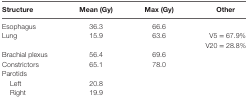
<table><thead><tr><td><b>Structure</b></td><td><b>Mean (Gy)</b></td><td><b>Max (Gy)</b></td><td><b>Other</b></td></tr></thead><tbody><tr><td>Esophagus</td><td>36.3</td><td>66.6</td><td></td></tr><tr><td rowspan="2">Lung</td><td rowspan="2">15.9</td><td rowspan="2">63.6</td><td>V5 = 67.9%</td></tr><tr><td>V20 = 28.8%</td></tr><tr><td>Brachial plexus</td><td>56.4</td><td>69.6</td><td></td></tr><tr><td>Constrictors</td><td>65.1</td><td>78.0</td><td></td></tr><tr><td>Parotids</td><td></td><td></td><td></td></tr><tr><td> Left</td><td>20.8</td><td></td><td></td></tr><tr><td> Right</td><td>19.9</td><td></td><td></td></tr></tbody></table>